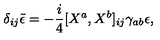
\delta _ { i j } \tilde { \epsilon } = - { \frac { i } { 4 } } \lbrack X ^ { a } , X ^ { b } \rbrack _ { i j } \gamma _ { a b } \epsilon ,